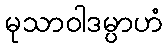
မုသာဝါဒမ္ပာဟံ